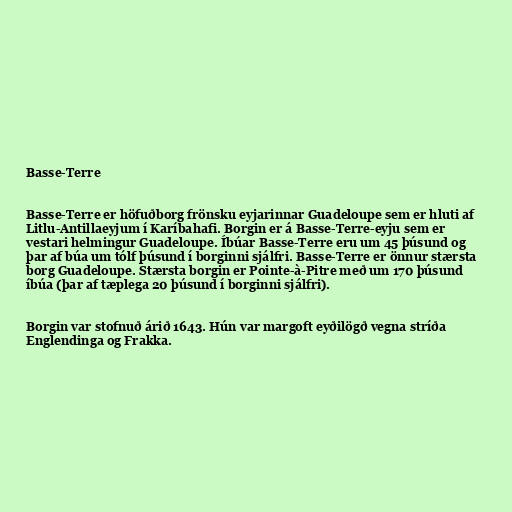
Basse-Terre

Basse-Terre er höfuðborg frönsku eyjarinnar Guadeloupe sem er hluti af
Litlu-Antillaeyjum í Karíbahafi. Borgin er á Basse-Terre-eyju sem er
vestari helmingur Guadeloupe. Íbúar Basse-Terre eru um 45 þúsund og
þar af búa um tólf þúsund í borginni sjálfri. Basse-Terre er önnur stærsta
borg Guadeloupe. Stærsta borgin er Pointe-à-Pitre með um 170 þúsund
íbúa (þar af tæplega 20 þúsund í borginni sjálfri).

Borgin var stofnuð árið 1643. Hún var margoft eyðilögð vegna stríða
Englendinga og Frakka.